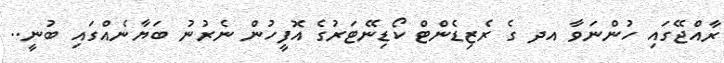
ރާއްޖޭގައި ހުންނަވާ އދ ގެ ރެޒިޑެންޓް ކޯޑިނޭޓަރުގެ އޮފީހުން ނެރުނު ބަޔާނެއްގައި ބުނީ..